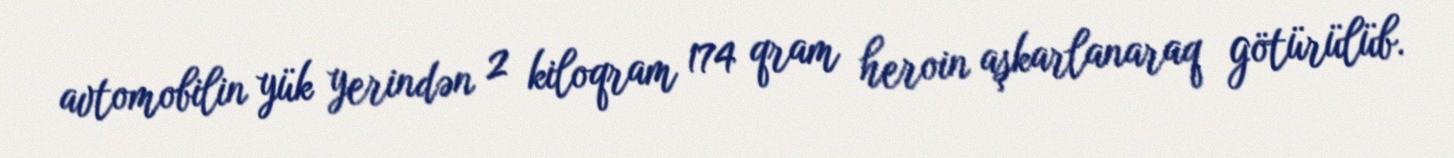
avtomobilin yük yerindən 2 kiloqram 174 qram heroin aşkarlanaraq götürülüb.